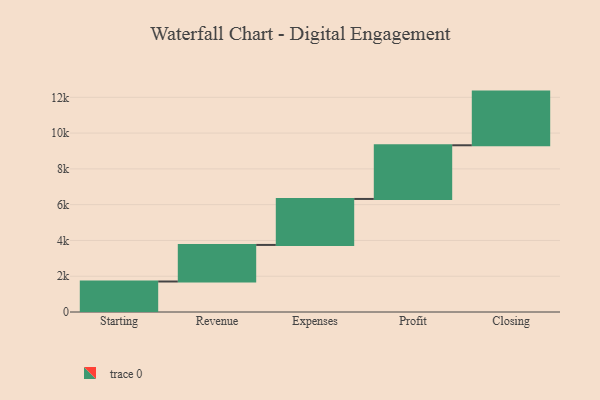
{"axis": {"x": "Step", "y": "Value"}, "legend": [""], "data": [{"x": "Starting", "y": 1705.0, "type": ""}, {"x": "Revenue", "y": 2044.0, "type": ""}, {"x": "Expenses", "y": 2570.0, "type": ""}, {"x": "Profit", "y": 3000, "type": ""}, {"x": "Closing", "y": 3000, "type": ""}]}